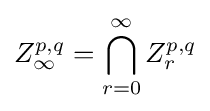
Z_{\infty }^{p,q}=\bigcap _{r=0}^{\infty }Z_{r}^{p,q}